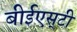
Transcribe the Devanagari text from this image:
बीईएस्‌टी